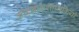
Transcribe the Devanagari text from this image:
कोएनोकशाभिकियों